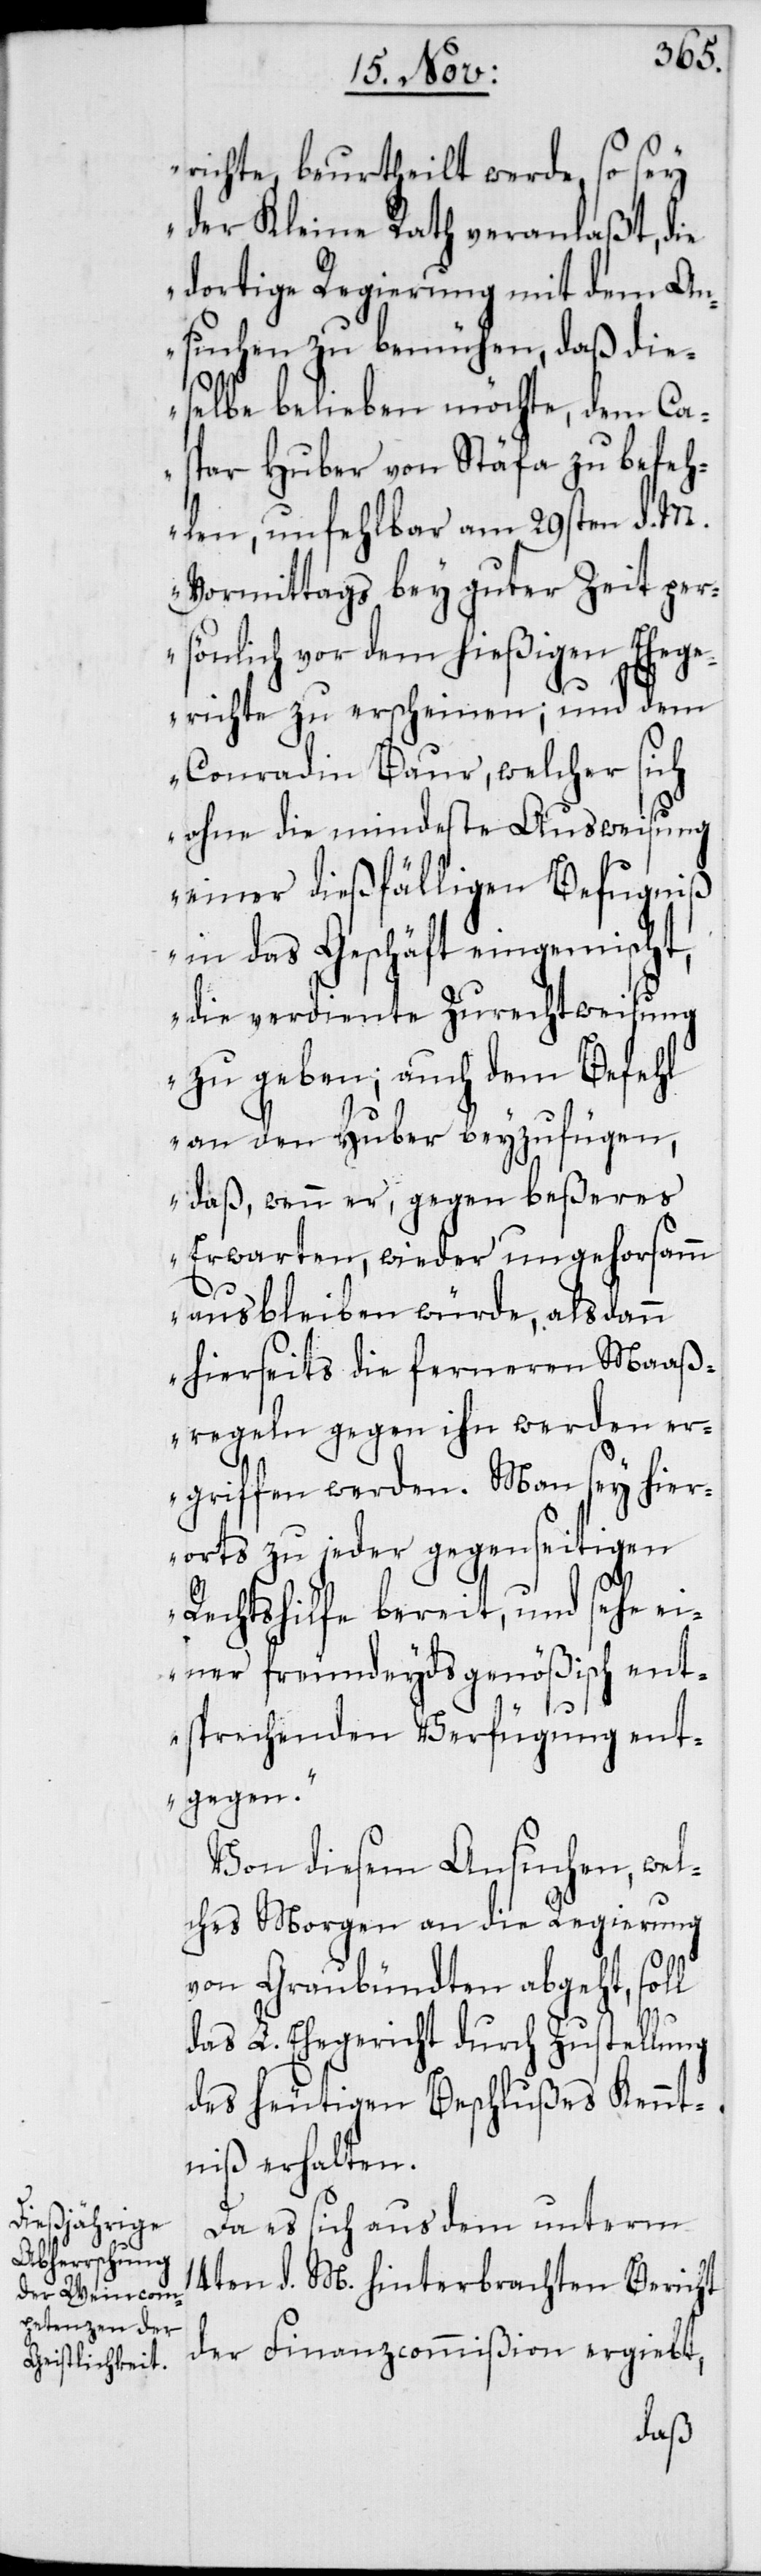
richte, beurtheilt werde, so sey
der Kleine Rath veranlaßt, die
dortige Regierung mit dem A¬
nsuchen zu bemühen, daß die¬
selbe belieben möchte, dem Cas¬
par Huber von Stäfa zu befeh¬
len, unfehlbar am 29sten d. M.
Vormittags bey guter Zeit per¬
sönlich vor dem hießigen Ehege¬
richte zu erscheinen; und dem
Conradin Baur, welcher sich
ohne die mindeste Ausweisung
einer dießfälligen Befugniß
in das Geschäft eingemischt,
die verdiente Zurechtweisung
zu geben; auch dem Befehl
an den Huber beyzufügen,
daß, wenn er, gegen beßeres
Erwarten, wieder ungehorsmamm
ausbleiben würde, alsdann
hierseits die ferneren Maaß¬
regeln gegen ihn werden er¬
griffen werden. Man sey hier¬
orts zu jeder gegenseitigen
Rechtshilfe bereit, und sehe e¬
iner freundeydsgenößisch ent¬
sprechenden Verfügung ent¬
gegen“.
Von diesem Ansuchen, wel¬
ches Morgen an die Regierung
von Graubündten abgeht, soll
das L. Ehegericht durch Zustellung
des heutigen Beschlußes Kennt¬
niß erhalten.
Da es sich aus dem unterm
14ten d. M. hinterbrachten Bericht
der Finanzcommißion ergiebt,